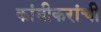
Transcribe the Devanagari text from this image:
कांबीकरांची